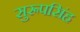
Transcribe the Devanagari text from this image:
सुरूपसिंह